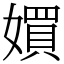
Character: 㜥